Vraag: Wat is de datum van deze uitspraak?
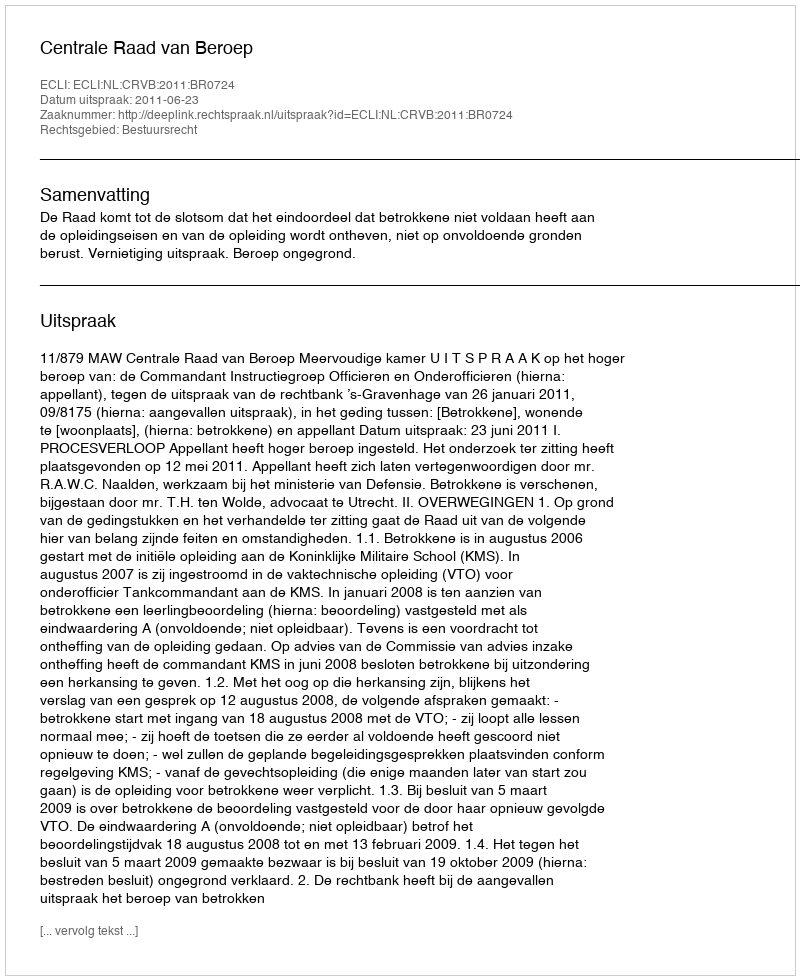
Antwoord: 2011-06-23